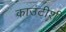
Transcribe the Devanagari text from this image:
काउंटीशी